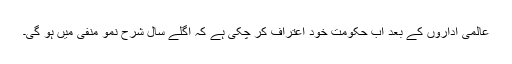
عالمی اداروں کے بعد اب حکومت خود اعتراف کر چکی ہے کہ اگلے سال شرح نمو منفی میں ہو گی۔